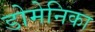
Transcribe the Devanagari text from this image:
डोमेनिका